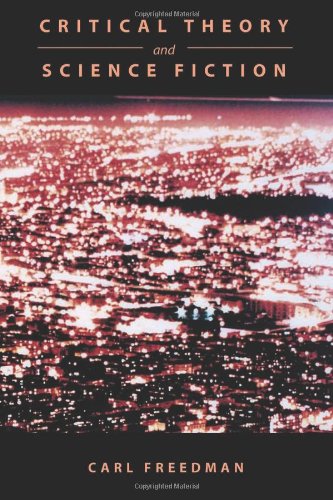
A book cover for Critical Theory and Science Fiction; Carl Freedman; Science Fiction & Fantasy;